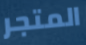
المتجر